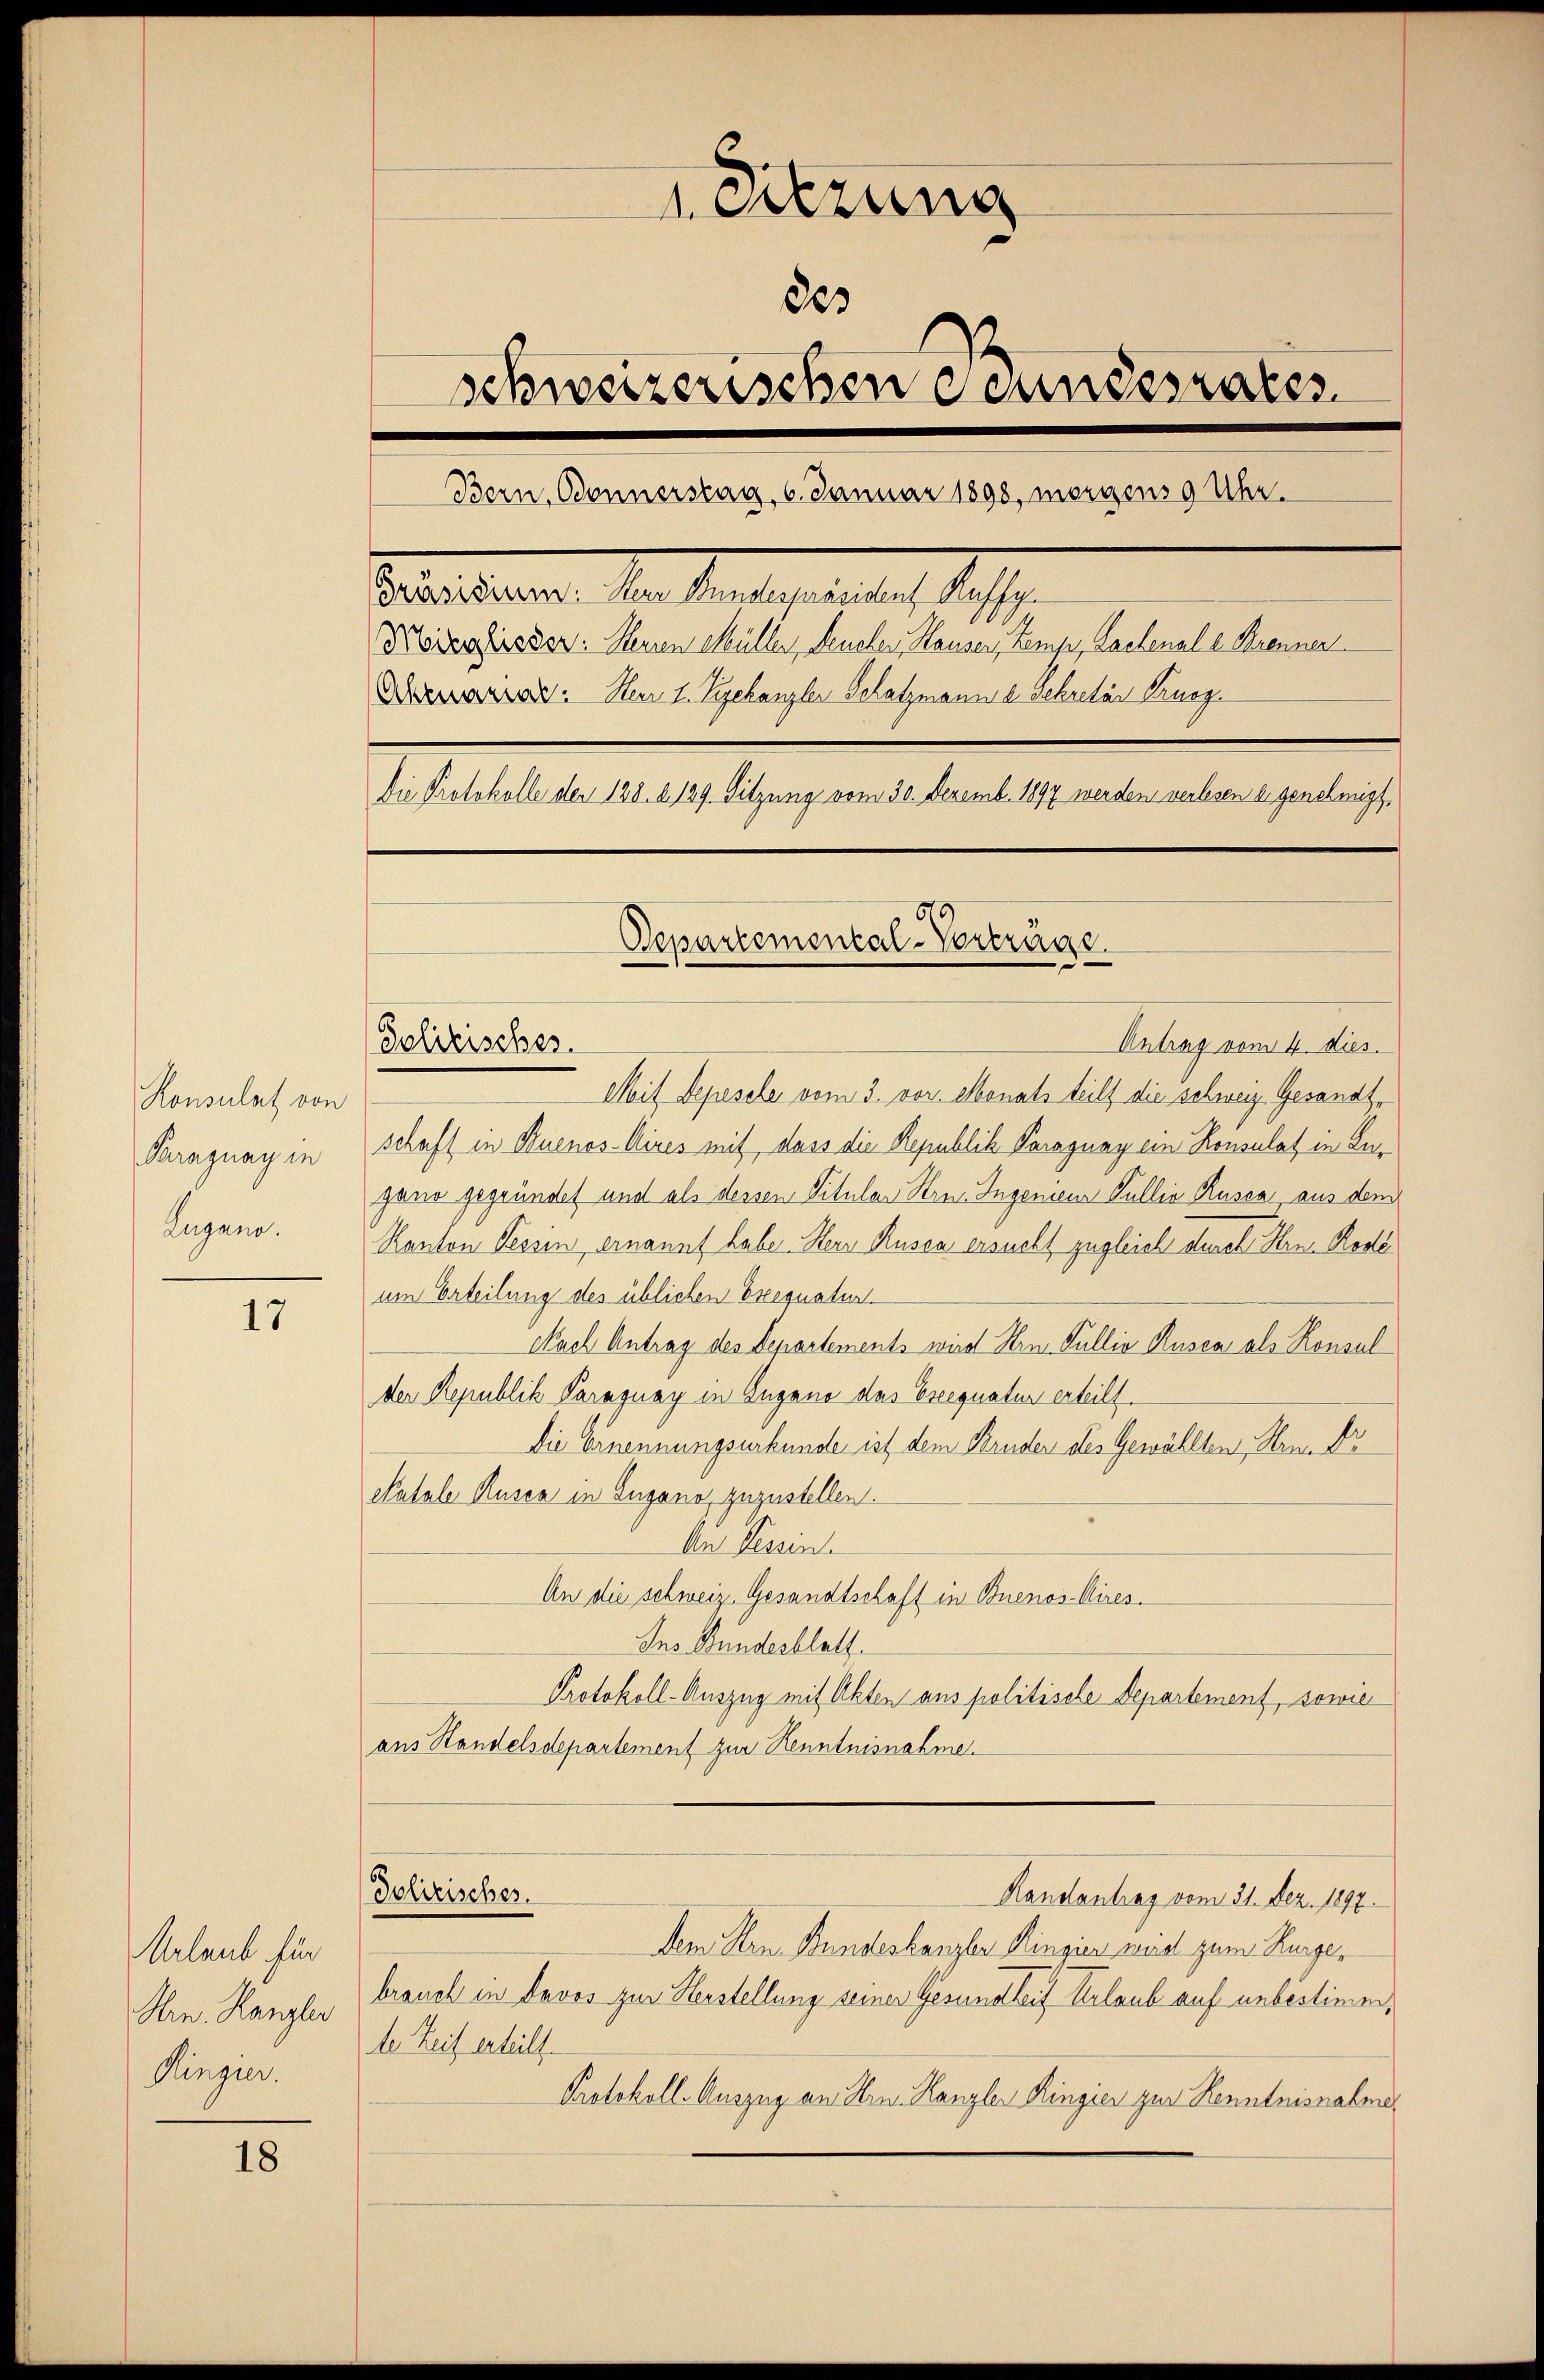
Konsulat von
Paraguay in
Lugano.

17

Urlaub für
Hrn. Kanzler
Ringer.

18

1 Sitzung
863
schweizerischen undesrates
Bern, Bonnerstag, 6. Januar 1890, morgens 9 Uhr.
Pestandern den seine gerade des
Kiversissen. Meinen Müller, Leuchen Hauser, Temp, Lachenale Brenner
Derar. Non 1. Juchanzler Schatzmann d. Sekretär Kinog
Die Protokolle der 138. 2129. Sitzung vom 30. Dezemb. 1897 werden verlesen eigenehmigt,
675
Departemental-Vorträge.

Polizisches.

Antrag vom 4. dies.
Mit Depesche vom 3. vor. Monats teilt die schweiz. Gesandtschaft in Buenos-Aires mit, dass die Republik Paraguay ein Konsulat in Ingano gegründet und als dessen Titular Stres Ingenieur Gullia Rusca aus dem
Kanton Tessin ernannt habe. Herr Rusca ersucht zugleich durch Hrn. Rode
um Erteilung des üblichen Breequatur
Nach Antrag des Departements wird Hrn. Gullie Rusca als Konsul
der Republik Paraguay in Zugano das Ereequatur erteilt.
Die Ernennungsurkunde ist dem Bruder des Gewählten Streide
Natale Rusca in Zugano zuzustellen.
An Tessin.
An die schweiz. Gesandtschaft in Buenos-Aires.
Ins Bundesblatt
Protokoll-Auszug mit Akten aus politische Departement, sowie
ans Standelsdepartement zur Kenntnisnahme.
Polizischer.
Handantrag vom 31. Dez. 1897.
dem Hrn. Bundeskanzler Ringien wird zum Kurgebrauch in Davos zur Herstellung seiner Gesundheit Erlaub auf unbestimmte Zeit erteilt.
Protokoll. Auszug an Hrn. Kanzlei Ringier zur Kenntnisnahme